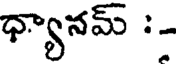
ధ్యానమ్ :-